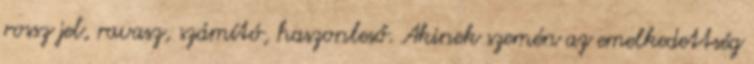
rossz jel, ravasz, számító, haszonleső. Akinek szemén az emelkedettség